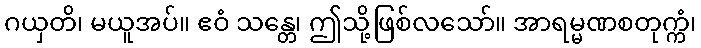
ဂယှတိ၊ မယူအပ်။ ဧဝံ သန္တေ၊ ဤသို့ဖြစ်လသော်။ အာရမ္မဏစတုက္ကံ၊